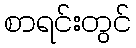
စာရင်းတွင်